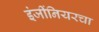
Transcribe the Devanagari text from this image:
इंजींनियरचा